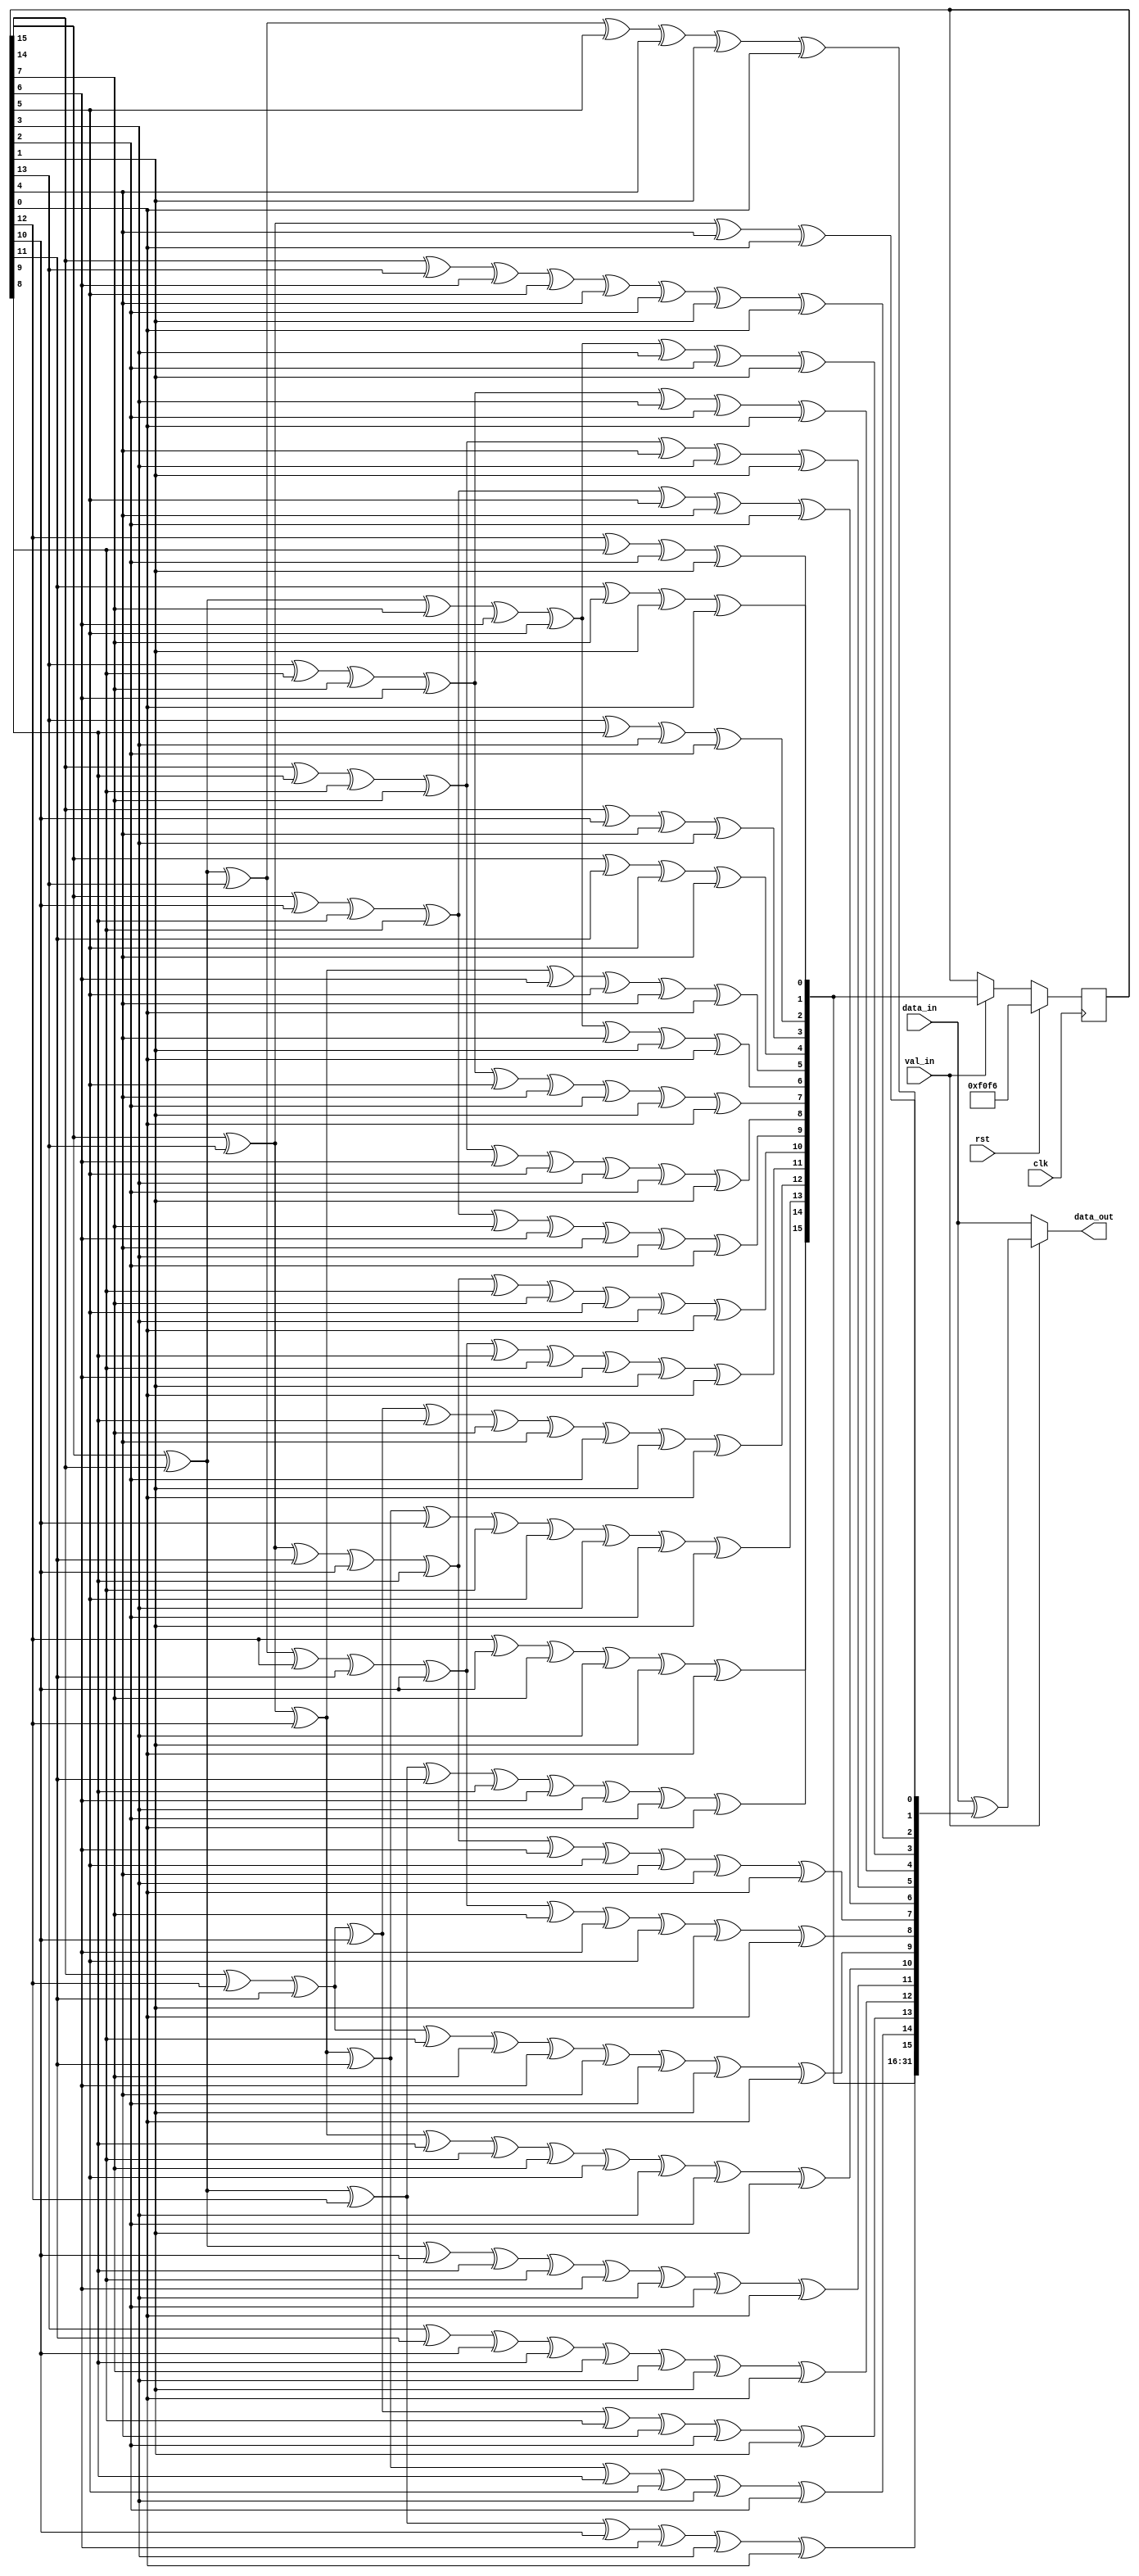
// This program was cloned from: https://github.com/Elphel/x393_sata
// License: GNU General Public License v3.0

/*!
 * <b>Module:</b>scrambler
 * @file scrambler.v
 * @date  2015-07-11  
 * @author Alexey     
 *
 * @brief a scrambler for the link layer
 *
 * @copyright Copyright (c) 2015 Elphel, Inc.
 *
 * <b>License:</b>
 *
 * scrambler.v is free software; you can redistribute it and/or modify
 * it under the terms of the GNU General Public License as published by
 * the Free Software Foundation, either version 3 of the License, or
 * (at your option) any later version.
 *
 * scrambler.v file is distributed in the hope that it will be useful,
 * but WITHOUT ANY WARRANTY; without even the implied warranty of
 * MERCHANTABILITY or FITNESS FOR A PARTICULAR PURPOSE.  See the
 * GNU General Public License for more details.
 *
 * You should have received a copy of the GNU General Public License
 * along with this program.  If not, see <http://www.gnu.org/licenses/> .
 *
 * Additional permission under GNU GPL version 3 section 7:
 * If you modify this Program, or any covered work, by linking or combining it
 * with independent modules provided by the FPGA vendor only (this permission
 * does not extend to any 3-rd party modules, "soft cores" or macros) under
 * different license terms solely for the purpose of generating binary "bitstream"
 * files and/or simulating the code, the copyright holders of this Program give
 * you the right to distribute the covered work without those independent modules
 * as long as the source code for them is available from the FPGA vendor free of
 * charge, and there is no dependence on any encrypted modules for simulating of
 * the combined code. This permission applies to you if the distributed code
 * contains all the components and scripts required to completely simulate it
 * with at least one of the Free Software programs.
 */
/*
 * Algorithm is taken from the doc, p.565. TODO make it parallel
 */
// TODO another widths support
module scrambler #(
    parameter DATA_BYTE_WIDTH = 4
)
(
    input   wire                                clk,
    input   wire                                rst,

    input   wire                                val_in,
    input   wire    [DATA_BYTE_WIDTH*8 - 1:0]   data_in,
    output  wire    [DATA_BYTE_WIDTH*8 - 1:0]   data_out
);

reg [15:0]  now;
reg [31:0]  next;

always @ (posedge clk)
    now <= rst ? 16'hf0f6 : val_in ? next[31:16] : now;

assign  data_out = val_in ? data_in ^ next : data_in;

always @ (*)
/*    if (rst)
        next    = 32'h0;
    else*/
    begin
        next[31] = now[12] ^ now[10] ^ now[7] ^ now[3] ^ now[1] ^ now[0];
        next[30] = now[15] ^ now[14] ^ now[12] ^ now[11] ^ now[9] ^ now[6] ^ now[3] ^ now[2] ^ now[0];
        next[29] = now[15] ^ now[13] ^ now[12] ^ now[11] ^ now[10] ^ now[8] ^ now[5] ^ now[3] ^ now[2] ^ now[1];
        next[28] = now[14] ^ now[12] ^ now[11] ^ now[10] ^ now[9] ^ now[7] ^ now[4] ^ now[2] ^ now[1] ^ now[0];
        next[27] = now[15] ^ now[14] ^ now[13] ^ now[12] ^ now[11] ^ now[10] ^ now[9] ^ now[8] ^ now[6] ^ now[1] ^ now[0];
        next[26] = now[15] ^ now[13] ^ now[11] ^ now[10] ^ now[9] ^ now[8] ^ now[7] ^ now[5] ^ now[3] ^ now[0];
        next[25] = now[15] ^ now[10] ^ now[9] ^ now[8] ^ now[7] ^ now[6] ^ now[4] ^ now[3] ^ now[2];
        next[24] = now[14] ^ now[9] ^ now[8] ^ now[7] ^ now[6] ^ now[5] ^ now[3] ^ now[2] ^ now[1];
        next[23] = now[13] ^ now[8] ^ now[7] ^ now[6] ^ now[5] ^ now[4] ^ now[2] ^ now[1] ^ now[0];
        next[22] = now[15] ^ now[14] ^ now[7] ^ now[6] ^ now[5] ^ now[4] ^ now[1] ^ now[0];
        next[21] = now[15] ^ now[13] ^ now[12] ^ now[6] ^ now[5] ^ now[4] ^ now[0];
        next[20] = now[15] ^ now[11] ^ now[5] ^ now[4];
        next[19] = now[14] ^ now[10] ^ now[4] ^ now[3];
        next[18] = now[13] ^ now[9] ^ now[3] ^ now[2];
        next[17] = now[12] ^ now[8] ^ now[2] ^ now[1];
        next[16] = now[11] ^ now[7] ^ now[1] ^ now[0];

        next[15] = now[15] ^ now[14] ^ now[12] ^ now[10] ^ now[6] ^ now[3] ^ now[0];
        next[14] = now[15] ^ now[13] ^ now[12] ^ now[11] ^ now[9] ^ now[5] ^ now[3] ^ now[2];
        next[13] = now[14] ^ now[12] ^ now[11] ^ now[10] ^ now[8] ^ now[4] ^ now[2] ^ now[1];
        next[12] = now[13] ^ now[11] ^ now[10] ^ now[9] ^ now[7] ^ now[3] ^ now[1] ^ now[0];
        next[11] = now[15] ^ now[14] ^ now[10] ^ now[9] ^ now[8] ^ now[6] ^ now[3] ^ now[2] ^ now[0];
        next[10] = now[15] ^ now[13] ^ now[12] ^ now[9] ^ now[8] ^ now[7] ^ now[5] ^ now[3] ^ now[2] ^ now[1];
        next[9] = now[14] ^ now[12] ^ now[11] ^ now[8] ^ now[7] ^ now[6] ^ now[4] ^ now[2] ^ now[1] ^ now[0];
        next[8] = now[15] ^ now[14] ^ now[13] ^ now[12] ^ now[11] ^ now[10] ^ now[7] ^ now[6] ^ now[5] ^ now[1] ^ now[0];
        next[7] = now[15] ^ now[13] ^ now[11] ^ now[10] ^ now[9] ^ now[6] ^ now[5] ^ now[4] ^ now[3] ^ now[0];
        next[6] = now[15] ^ now[10] ^ now[9] ^ now[8] ^ now[5] ^ now[4] ^ now[2];
        next[5] = now[14] ^ now[9] ^ now[8] ^ now[7] ^ now[4] ^ now[3] ^ now[1];
        next[4] = now[13] ^ now[8] ^ now[7] ^ now[6] ^ now[3] ^ now[2] ^ now[0];
        next[3] = now[15] ^ now[14] ^ now[7] ^ now[6] ^ now[5] ^ now[3] ^ now[2] ^ now[1];
        next[2] = now[14] ^ now[13] ^ now[6] ^ now[5] ^ now[4] ^ now[2] ^ now[1] ^ now[0];
        next[1] = now[15] ^ now[14] ^ now[13] ^ now[5] ^ now[4] ^ now[1] ^ now[0];
        next[0] = now[15] ^ now[13] ^ now[4] ^ now[0];
    end


endmodule